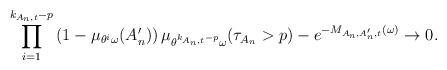
LaTeX: \begin{align*}\prod_{i=1}^{k_{A_n,t}-p}\left(1-\mu_{\theta^i\omega}(A_n')\right)\mu_{\theta^{k_{A_n,t}-p}\omega}(\tau_{A_n}>p) - e^{-M_{A_n, A_n',t}(\omega)} \to 0.\end{align*}